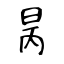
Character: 昺